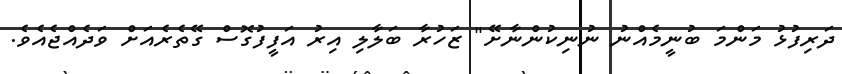
ދަރިފުޅު މަންމަ ބުނީމެއްނު ނުނިކުންނާށޭ" ޒަހުރާ ބަލާލި އިރު އަފީފުގޮސް ގޭތެރެއަށް ވަދެއްޖެއެވެ.